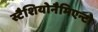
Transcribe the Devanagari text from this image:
स्टैशियोनैमिएन्टो